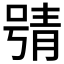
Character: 𱓪